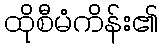
ထိုစီမံကိန်း၏